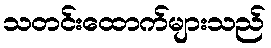
သတင်းထောက်များသည်